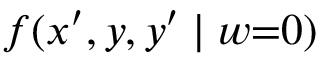
f ( x ^ { \prime } , y , y ^ { \prime } \mid w { = } 0 )